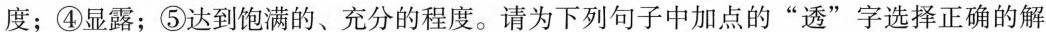
度；④显露；⑤达到饱满的、充分的程度。请为下列句子中加点的”透”字选择正确的解